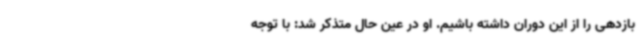
بازدهی را از این دوران داشته باشیم. او در عین حال متذکر شد: با توجه